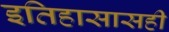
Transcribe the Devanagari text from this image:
इतिहासासही